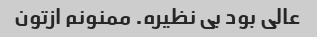
عالی بود بی نظیره. ممنونم ازتون